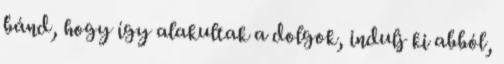
bánd, hogy így alakultak a dolgok, indulj ki abból,